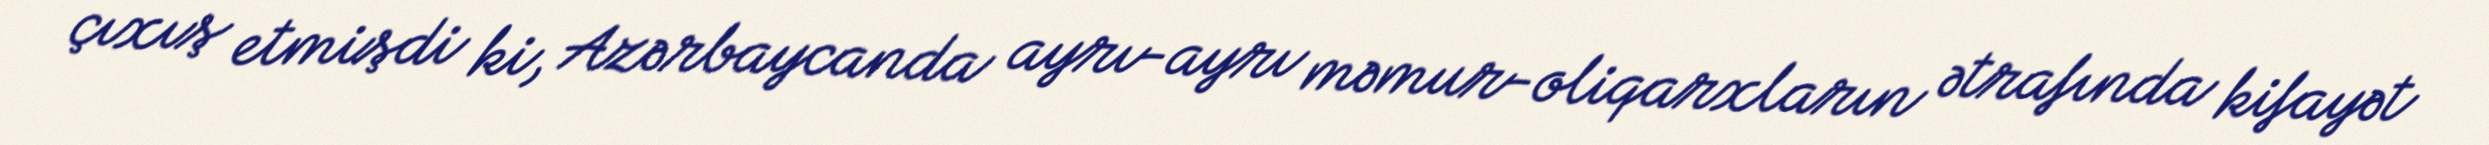
çıxış etmişdi ki, Azərbaycanda ayrı-ayrı məmur-oliqarxların ətrafında kifayət